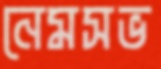
নেমসভ